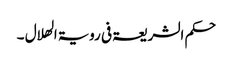
حکم الشریعۃ فی رویۃ الھلال ۔